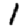
Digit: 1